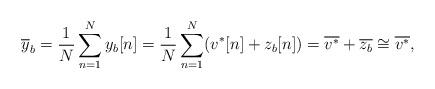
LaTeX: \begin{align*}\overline{y}_b=\frac{1}{N}\sum_{n=1}^N y_b[n]=\frac{1}{N}\sum_{n=1}^N(v^*[n]+z_b[n])=\overline{v^*}+\overline{z_b}\cong\overline{v^*},\end{align*}